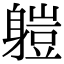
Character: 䠽